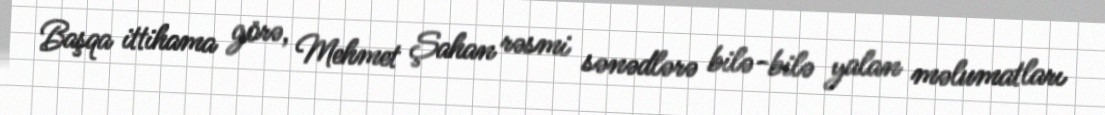
Başqa ittihama görə, Mehmet Şahan rəsmi sənədlərə bilə-bilə yalan məlumatları